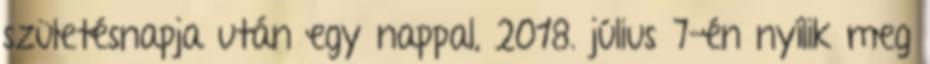
születésnapja után egy nappal, 2018. július 7-én nyílik meg